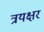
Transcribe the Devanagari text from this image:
त्रयक्षर